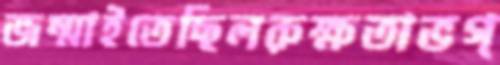
জন্মাইতেছিলরুক্ষতাভগ্